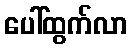
ပေါ်ထွက်လာ